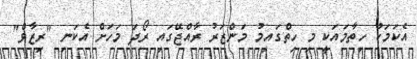
އެކަމަކު ހިތާމައަކީ މި ހިތްގައިމު މަންޒަރު ރާއްޖޭގައި ރޯދަ މަހަށް އެކަނި "ރިޒާވް"